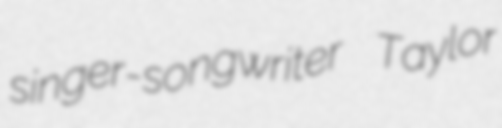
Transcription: singer-songwriter Taylor